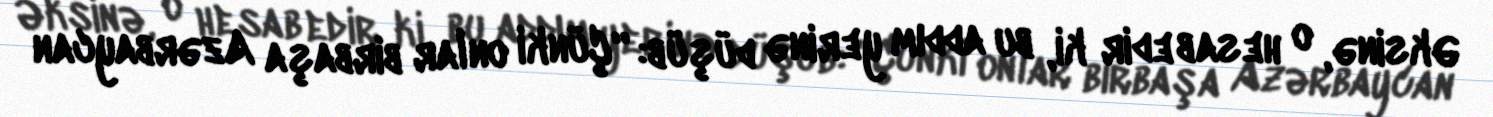
Əksinə, o hesab edir ki, bu addım yerinə düşüb: “Çünki onlar birbaşa Azərbaycan